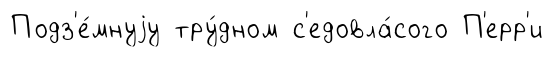
Подз'е́мнуjу тру́дном с'едовла́сого П'ерр'и